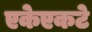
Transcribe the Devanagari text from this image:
एकेएकटे